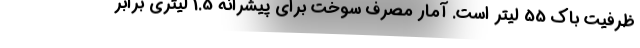
ظرفیت باک 55 لیتر است. آمار مصرف سوخت برای پیشرانه 1.5 لیتری برابر